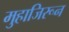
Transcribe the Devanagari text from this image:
मुहाजिरून